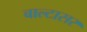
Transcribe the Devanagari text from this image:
बाल्टासर